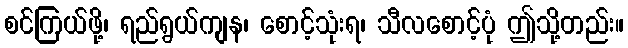
စင်ကြယ်ဖို့၊ ရည်ရွယ်ကျန၊ စောင့်သုံးရ၊ သီလစောင့်ပုံ ဤသို့တည်း။